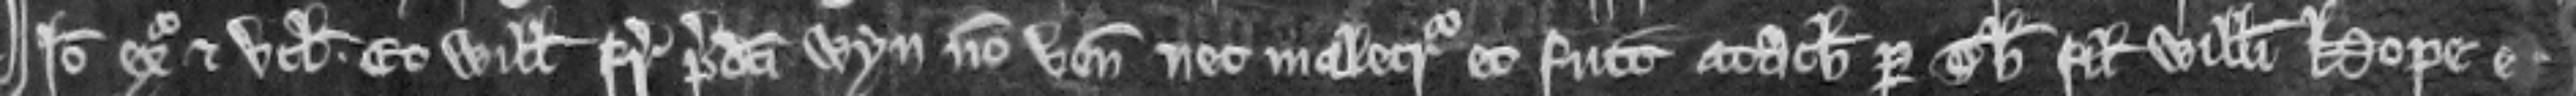
Ideo exigatur et utlagetur. Et Willelmus frater predicti Wyn non venit nec malecreditur et fuit attachiatus per Thomam filium Willemi Hope et